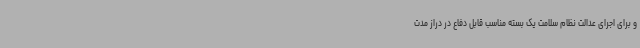
و برای اجرای عدالت نظام سلامت یک بسته مناسب قابل دفاع در دراز مدت